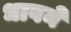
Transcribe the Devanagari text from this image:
धावने